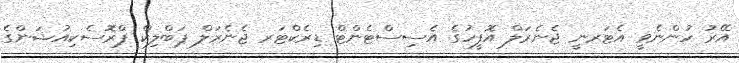
އޭރު ހުންނެވީ އެޓަރނީ ޖެނެރަލް އޮފީހުގެ އެސިސްޓެންޓް ޑިރެކްޓަރ ޖެނެރަލް ޕަބްލިކް ޕްރޮސެކިއުޝަންގެ